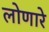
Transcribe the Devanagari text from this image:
लोणारे